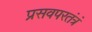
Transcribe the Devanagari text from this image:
प्रसवपरतंत्रं